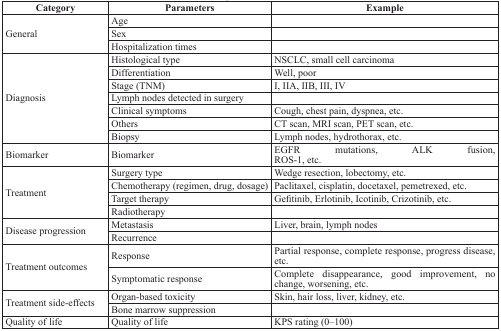
<table><thead><tr><td><b>Category</b></td><td><b>Parameters</b></td><td><b>Example</b></td></tr></thead><tbody><tr><td rowspan="3">General</td><td>Age</td><td></td></tr><tr><td>Sex</td><td></td></tr><tr><td>Hospitalization times</td><td></td></tr><tr><td rowspan="7">Diagnosis</td><td>Histological type</td><td>NSCLC, small cell carcinoma</td></tr><tr><td>Differentiation</td><td>Well, poor</td></tr><tr><td>Stage (TNM)</td><td>I, IIA, IIB, III, IV</td></tr><tr><td>Lymph nodes detected in surgery</td><td></td></tr><tr><td>Clinical symptoms</td><td>Cough, chest pain, dyspnea, etc.</td></tr><tr><td>Others</td><td>CT scan, MRI scan, PET scan, etc.</td></tr><tr><td>Biopsy</td><td>Lymph nodes, hydrothorax, etc.</td></tr><tr><td>Biomarker</td><td>Biomarker</td><td>EGFR mutations, ALK fusion, ROS-1, etc.</td></tr><tr><td rowspan="4">Treatment</td><td>Surgery type</td><td>Wedge resection, lobectomy, etc.</td></tr><tr><td>Chemotherapy (regimen, drug, dosage)</td><td>Paclitaxel, cisplatin, docetaxel, pemetrexed, etc.</td></tr><tr><td>Target therapy</td><td>Gefitinib, Erlotinib, Icotinib, Crizotinib, etc.</td></tr><tr><td>Radiotherapy</td><td></td></tr><tr><td rowspan="2">Disease progression</td><td>Metastasis</td><td>Liver, brain, lymph nodes</td></tr><tr><td>Recurrence</td><td></td></tr><tr><td rowspan="2">Treatment outcomes</td><td>Response</td><td>Partial response, complete response, progress disease, etc.</td></tr><tr><td>Symptomatic response</td><td>Complete disappearance, good improvement, no change, worsening, etc.</td></tr><tr><td rowspan="2">Treatment side-effects</td><td>Organ-based toxicity</td><td>Skin, hair loss, liver, kidney, etc.</td></tr><tr><td>Bone marrow suppression</td><td></td></tr><tr><td>Quality of life</td><td>Quality of life</td><td>KPS rating (0–100)</td></tr></tbody></table>